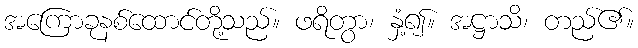
အကြောခုနစ်ထောင်တို့သည်။ ဖရိတွာ၊ နှံ့၍။ အဋ္ဌာသိ၊ တည်၏။